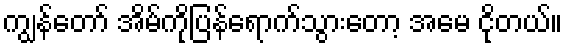
ကျွန်တော် အိမ်ကိုပြန်ရောက်သွားတော့ အမေ ငိုတယ်။